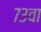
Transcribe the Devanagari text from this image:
७३वा